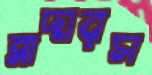
ব্রাদারস